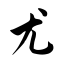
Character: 尤